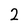
Character: 2